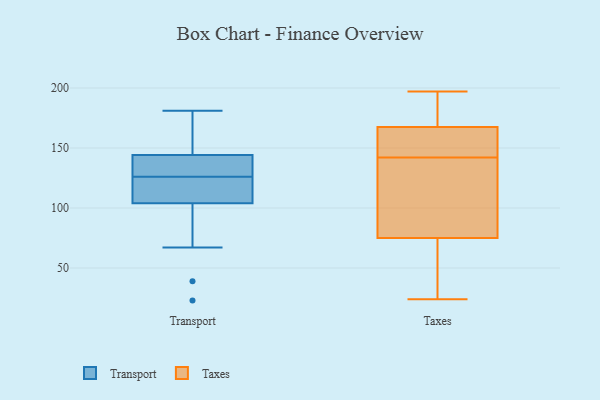
{"axis": {"x": "Churn Rate (%)", "y": "Value"}, "legend": ["Taxes", "Transport"], "data": [{"x": "", "y": 39, "type": "Transport"}, {"x": "", "y": 136, "type": "Transport"}, {"x": "", "y": 142, "type": "Transport"}, {"x": "", "y": 173, "type": "Transport"}, {"x": "", "y": 100, "type": "Transport"}, {"x": "", "y": 23, "type": "Transport"}, {"x": "", "y": 128, "type": "Transport"}, {"x": "", "y": 119, "type": "Transport"}, {"x": "", "y": 117, "type": "Transport"}, {"x": "", "y": 180, "type": "Transport"}, {"x": "", "y": 126, "type": "Transport"}, {"x": "", "y": 181, "type": "Transport"}, {"x": "", "y": 67, "type": "Transport"}, {"x": "", "y": 158, "type": "Transport"}, {"x": "", "y": 136, "type": "Transport"}, {"x": "", "y": 125, "type": "Transport"}, {"x": "", "y": 116, "type": "Transport"}, {"x": "", "y": 85, "type": "Transport"}, {"x": "", "y": 145, "type": "Transport"}, {"x": "", "y": 149, "type": "Taxes"}, {"x": "", "y": 140, "type": "Taxes"}, {"x": "", "y": 150, "type": "Taxes"}, {"x": "", "y": 71, "type": "Taxes"}, {"x": "", "y": 183, "type": "Taxes"}, {"x": "", "y": 24, "type": "Taxes"}, {"x": "", "y": 169, "type": "Taxes"}, {"x": "", "y": 134, "type": "Taxes"}, {"x": "", "y": 57, "type": "Taxes"}, {"x": "", "y": 144, "type": "Taxes"}, {"x": "", "y": 197, "type": "Taxes"}, {"x": "", "y": 79, "type": "Taxes"}, {"x": "", "y": 96, "type": "Taxes"}, {"x": "", "y": 166, "type": "Taxes"}, {"x": "", "y": 61, "type": "Taxes"}, {"x": "", "y": 182, "type": "Taxes"}]}